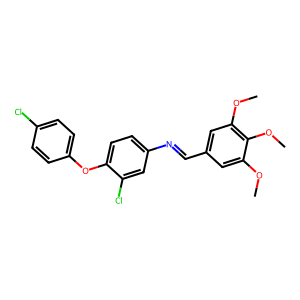
SMILES: COc1cc(C=Nc2ccc(Oc3ccc(Cl)cc3)c(Cl)c2)cc(OC)c1OC
Inhibits HIV replication: No